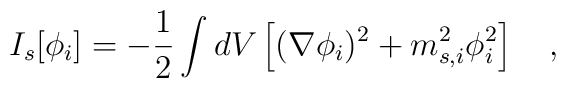
I_{s}[\phi_i]=-\frac 12\int dV\left[(\nabla \phi_i)^2+m_{s,i}^2\phi^2_i\right]~~~,